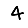
Digit: 4